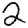
Digit: 2